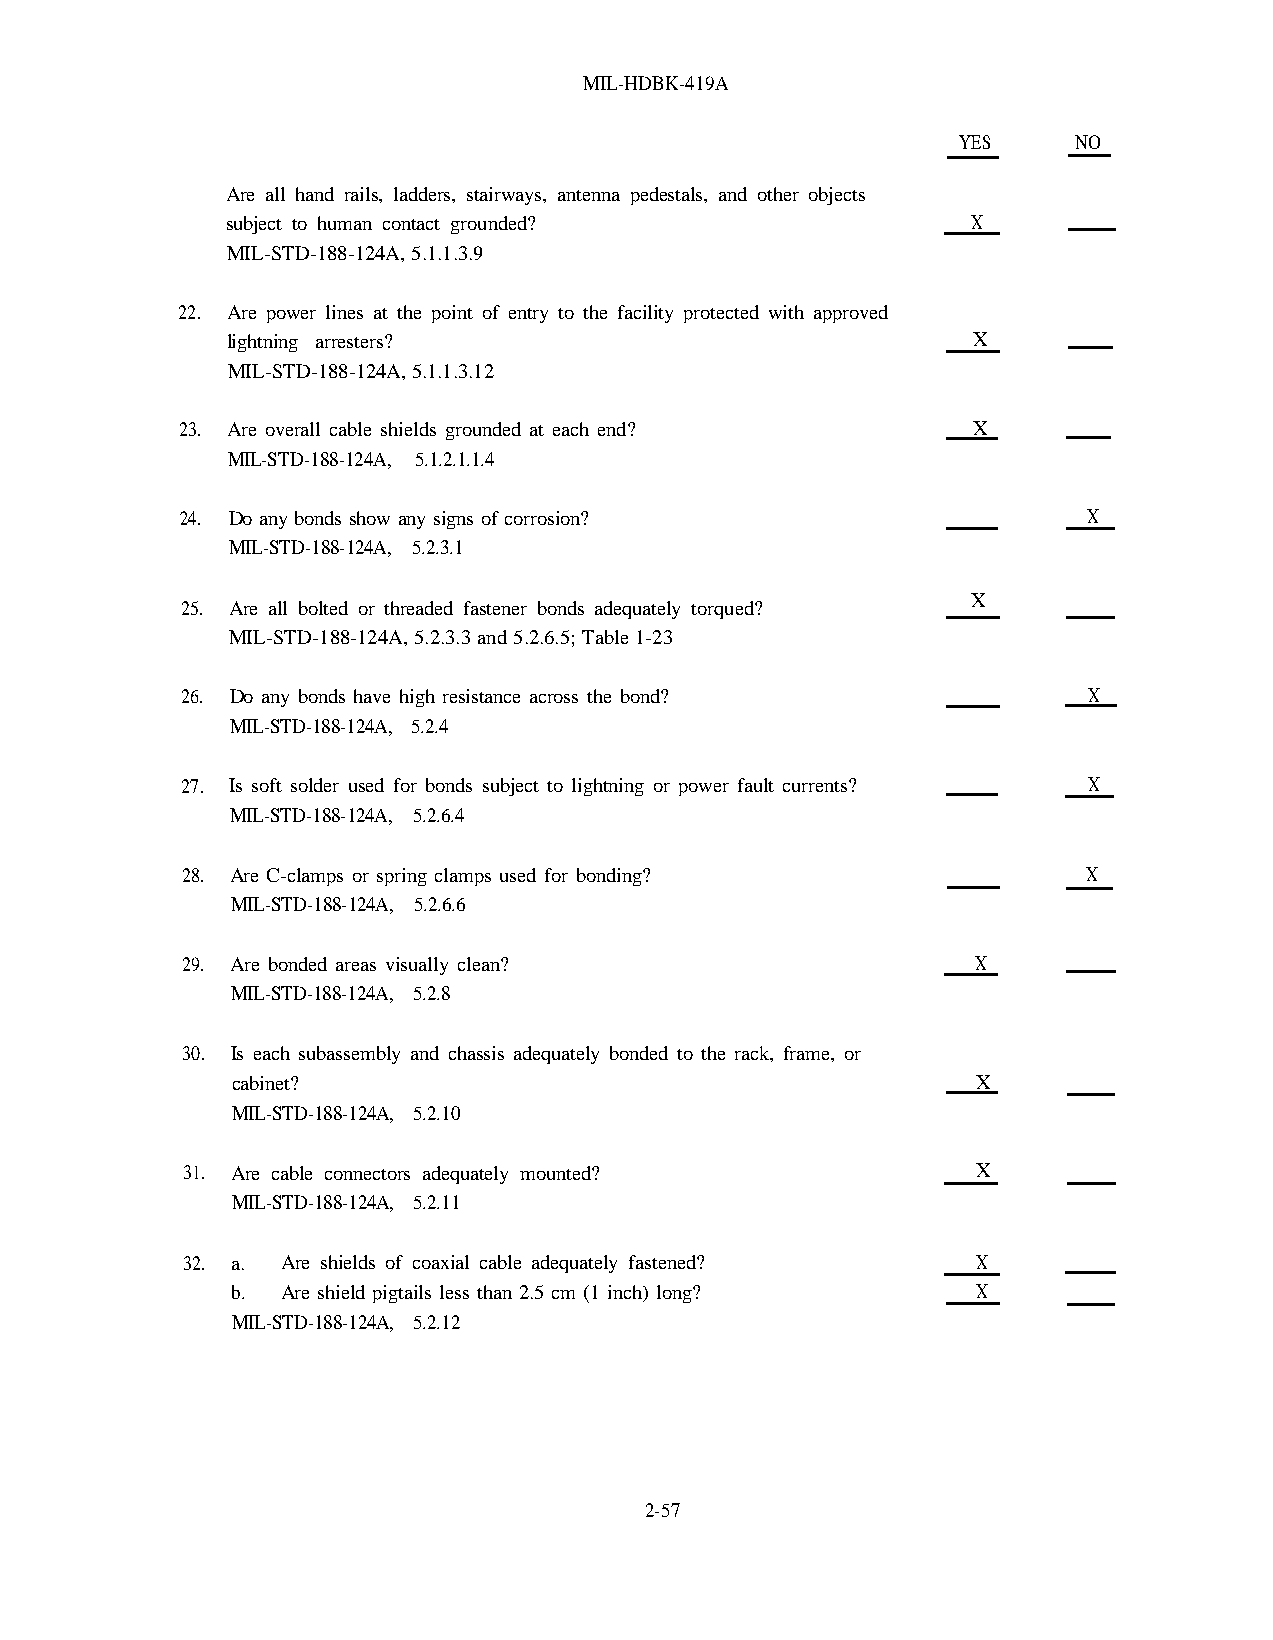
MIL-HDBK-419A
 YES     NO
 Are all hand rails, ladders, stairways, antenna pedestals, and other objects
 subject to human contact grounded?               X
 MIL-STD-188-124A, 5.1.1.3.9
 22. Are power lines at the point of entry to the facility protected with approved
 lightning arresters?                             X
 MIL-STD-188-124A, 5.1.1.3.12
 23. Are overall cable shields grounded at each end? X
 MIL-STD-188-124A, 5.1.2.1.1.4
 24. Do any bonds show any signs of corrosion?               X
 MIL-STD-188-124A, 5.2.3.1
 X
 25. Are all bolted or threaded fastener bonds adequately torqued?
 MIL-STD-188-124A, 5.2.3.3 and 5.2.6.5; Table 1-23
 26. Do any bonds have high resistance across the bond?      X
 MIL-STD-188-124A, 5.2.4
 27. Is soft solder used for bonds subject to lightning or power fault currents? X
 MIL-STD-188-124A, 5.2.6.4
 28. Are C-clamps or spring clamps used for bonding?         X
 MIL-STD-188-124A, 5.2.6.6
 29. Are bonded areas visually clean?                 X
 MIL-STD-188-124A, 5.2.8
 30. Is each subassembly and chassis adequately bonded to the rack, frame, or
 cabinet?                                          X
 MIL-STD-188-124A, 5.2.10
 31. Are cable connectors adequately mounted?         X
 MIL-STD-188-124A, 5.2.11
 32. a. Are shields of coaxial cable adequately fastened? X
 b.  Are shield pigtails less than 2.5 cm (1 inch) long? X
 MIL-STD-188-124A, 5.2.12
 2-57